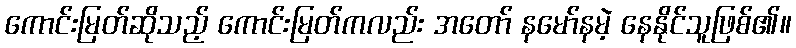
ကောင်းမြတ်ဆိုသည့် ကောင်းမြတ်ကလည်း အတော် နမော်နမဲ့ နေနိုင်သူဖြစ်၏။